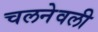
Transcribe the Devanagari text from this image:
चलनेवली